Medical and sanitary report of the native army of Bengal for the year
Year: 1878
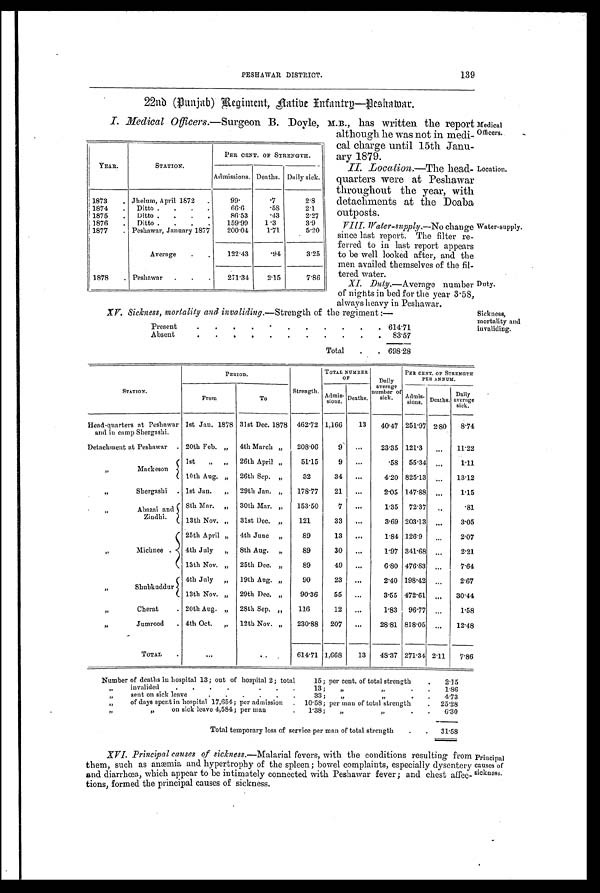
Location.
Water-supply.
Duty.
PESHAWAR DISTRICT.
139
22nd (punjab) Regiment, Native Infantry-Peshwar.
I. Medical Officers. —Surgeon B. Doyle, M.B., has written the report
although he was not in medi-
cal charge until 15th Janu-
ary 1879.
II. Location.—The bead-
quarters were at Peshawar
throughout the year, with
detachments at the Doaba
outposts.
VIII Water-supply.— No change
since last report. The filter re-
ferred to in last report appears
to be well looked after, and the
men availed themselves of the fil-
tered water.
XI. Duty.—Average number
of nights in bed for the year 3.58,
always heavy in Peshawar.
YEAR.
STATION.
PER CENT. OF STRENGTH.
Admissions. Deaths. Daily sick.
1873
. Jhelum, April 1872
.
99.
.7
2.8
1874
.
Ditto .
. . .
66.6
.58
2.1
1875
Ditto .
.
.
.
86.53
.43
2.27
1876
.
Ditto .
. . .
159.99
1.3
3.9
1877
. Peshawar, January 1877
200.04
1.71
5.20
Average
.
.
122.43
.94
3.25
1878
. Peshawar
.
.
.
271.34
2.15
7.86
Medical
Officers.
Sickness,
mortality and
invaliding.
XV. Sickness, mortality and invaliding. —Strength of the regiment :—
Present
.
.
.
.
.
.
.
.
.
.
614.71
Absent
.
.
.
.
.
.
.
.
.
.
83.57
Total
.
698.28
STATION.
PERIOD.
Strength.
TOTAL NUMBER
OF
Daily
average
number of
sick.
PER CENT. OF STRENGTH
PER ANNUM.
From
To
Admis- sions. Deaths.
Admis- sions. Deaths.
Daily
average sick.
Head-quarters at Peshawar
and in camp Shergashi.
1st Jan. 1878 31st Dec. 1878
462.72 1,166
13
40.47 251 . 97 2. 80
8.74
Detachment at Peshawar
. 20th Feb. „
4th March „
208.06
9
. . .
23.35 121.3
...
11.22
„
Mackeson
1st
„
„
26th April „
51.15
9
...
.58
55.34
. . .
1.11
10th Aug. „
26th Sep. „
32
34
. . .
4.20 825.13
...
13.12
,,
Shergashi
. 1st Jan.
„
29th Jan. „
178.77
21
...
2.05 147.88
. . .
1.15
, , A b a z a i a n d
Zindhi.
8th Mar.
„
30th Mar. „
153.50
7
...
1.35
72.37 ...
.81
13th Nov. ,,
31st Dec. ,,
121
33
...
3.69 203.13
. . .
3.05
,, Michnee .
25th April „
4th July
„
13th Nov. „
4th June
„
8th Aug.
„
25th Dec. „
89
89
89
13
30
49
...
...
...
1.84
1.97
6.80
126.9
341.68
476.83
. . .
. . .
. . .
2.07
2.21
7.64
, , S h u b k u d d u r
4th July
„
19th Aug. „
90
23
...
2.40 198 . 42
. . .
2.67
13th Nov. „
29th Dec. „
90.36
55
...
3.55 472.61
...
30.44
, , C h e r a t
. 20th Aug. „
28th Sep. „
116
12
. . .
1.83
96.77
...
1.58
,,
Jumrood
. 4th Oct.
„
12th Nov. „
230.88
207
...
28.81 818.05
. . .
12.48
TOTAL
.
. . .
...
614.71 1,668
13
48.37 271. 34 2.11
7.86
Number of deaths in hospital 13; out of hospital 2; total
15; per cent. of total strength
.
2.15
, ,
invalided
.
.
.
.
.
.
.
13;
„
„ . .
1.86
, ,
sent on sick leave
•
•
•
•
•
•
33;
, , , , . .
4.73
, ,
of days spent in hospital 17,654; per admission
.
10.58; per man of total strength
.
25.28
, ,
,, on sick leave 4,584; per man
.
1.38;
„
,,
.
.
6.30
Total temporary loss of service per man of total strength
.
.
31.58
Principal
c a u s e s o f s i c k n e s s .
XVI. Principal causes of sickness. —Malarial fevers, with the conditions resulting from
them, such as anæmia and hypertrophy of the spleen; bowel complaints, especially dysentery
and diarrhœa, which appear to be intimately connected with Peshawar fever ; and chest affec-
tions, formed the principal causes of sickness.